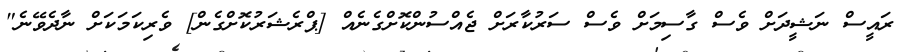
ރައީސް ނަޝީދަށް ވެސް ގާސިމަށް ވެސް ސަރުކާރަށް ޖެއްސުންކޮށްގެނެއް [ޕްރެޝަރުކޮށްގެން] ވެރިކަމަކަށް ނާދެވޭނެ"